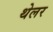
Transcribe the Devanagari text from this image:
थेलर